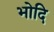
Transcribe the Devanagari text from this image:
भोदि